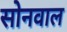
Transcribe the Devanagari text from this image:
सोनवाल